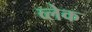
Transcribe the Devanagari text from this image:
व्लेक